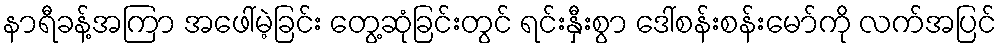
နာရီခန့်အကြာ အဖေါ်မဲ့ခြင်း တွေ့ဆုံခြင်းတွင် ရင်းနှီးစွာ ဒေါ်စန်းစန်းမော်ကို လက်အပြင်